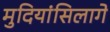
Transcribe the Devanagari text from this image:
मुदियांसिलागे